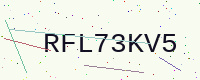
Text: RFL73KV5